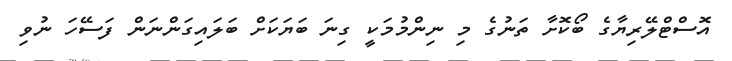
އޮސްޓްލޭރިޔާގެ ބޯކޮށާ ތަނުގެ މި ނިންމުމަކީ ގިނަ ބަޔަކަށް ބަލައިގަންނަން ފަސޭހަ ނުވި